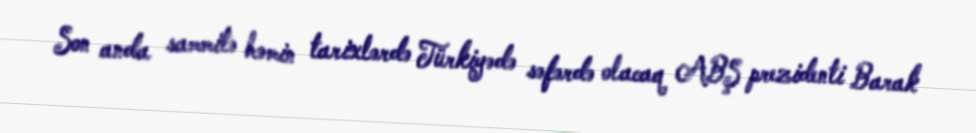
Son anda sammitə həmin tarixlərdə Türkiyədə səfərdə olacaq ABŞ prezidenti Barak